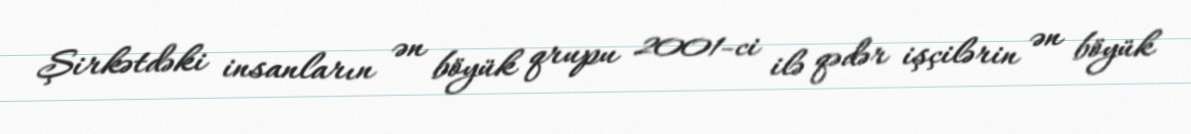
Şirkətdəki insanların ən böyük qrupu 2001-ci ilə qədər işçilərin ən böyük